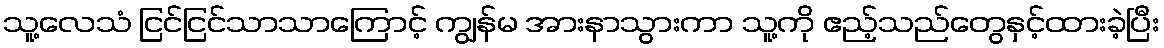
သူ့လေသံ ငြင်ငြင်သာသာကြောင့် ကျွန်မ အားနာသွားကာ သူ့ကို ဧည့်သည်တွေနှင့်ထားခဲ့ပြီး